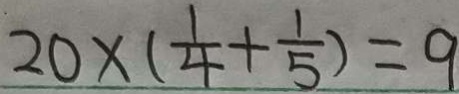
2 0 \times ( \frac { 1 } { 4 } + \frac { 1 } { 5 } ) = 9